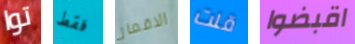
توا فقط الاقمار قلت اقبضوا